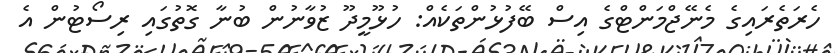
ހެރަތެރައިގެ މެނޭޖްމަންޓްގެ އިސް ބޭފުޅުންތަކެއް: ހުޅޫމީދޫ ޒުވާނުން ބުނާ ގޮތުގައި ރިސޯޓުން އެ